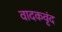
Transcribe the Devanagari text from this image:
वादकवृंद